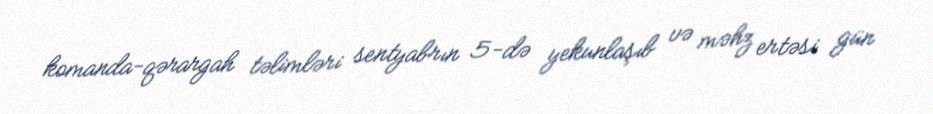
komanda-qərargah təlimləri sentyabrın 5-də yekunlaşıb və məhz ertəsi gün